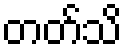
တတ်သိ